Vaccination in the Punjab 1919-1929 - 1919-1929
Year: 1919
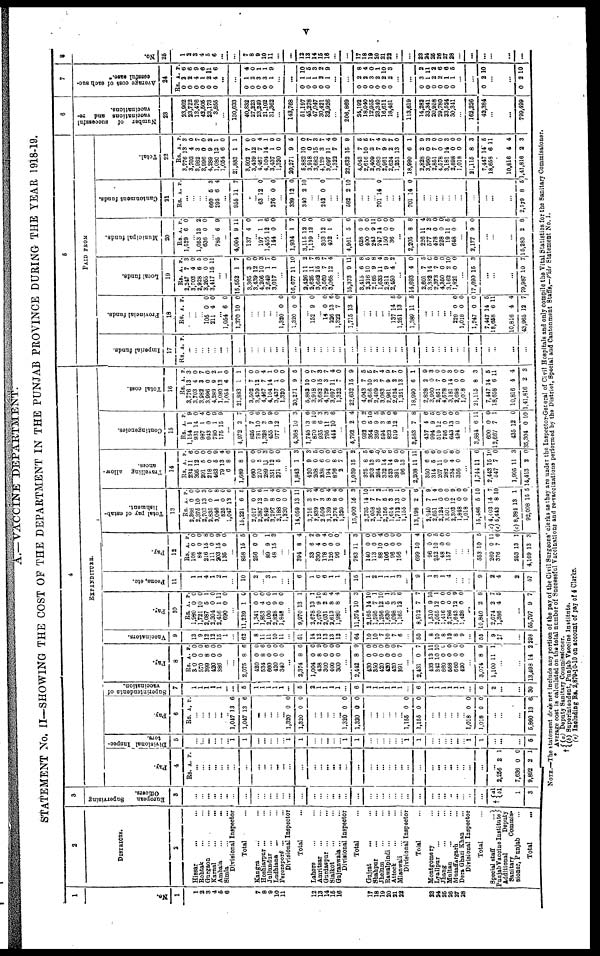
v
A.—VACCINE DEPARTMENT.
STATEMENT No. II—SHOWING THE COST OF THE DEPARTMENT IN THE PUNJAB PROVINCE DURING THE YEAR 1918-19.
1
No.
1
1
2
3
4
6
6
7
8
9
10
11
12
13
14
16
16
17
18
19
20
21
22
23
24
25
26
27
28
2
DISTRICTS.
2
Hissar ... ...
Rohtak ... ...
Gurgaon ... ...
Karnal
...
...
Ambala
...
...
Simla ... ...
Divisional Inspector
Total ...
Kangra ... ...
Hoshiarpur ... ...
Jullundur ... ...
Ludhiana ... ...
Ferozepore ... ...
Divisional Inspector
Total ...
Lahore ... ...
Amritsar ... ...
Gurdaspur ... ...
Sialkot ... ...
Gujranwala ... ...
Divisional Inspector
Total ...
Gujrat
... ...
Shahpur ... ...
Jhelum ... ...
Rawalpindi ... ...
Attock ... ...
Mianwali ... ...
Divisional Inspector
Total ...
Montgomery ...
Lyallpur ... ...
Jhang ... ...
Multan ...
Muzaffargarh ...
Dera Ghazi Khan ...
Divisional Inspector
Total ...
Special staff
...
Punjab Vaccine Institute
Additional Deputy
Sanitary
Commis-
sioner, Punjab ...
Total ...
3
European
Supervising
Officers.
3
...
...
...
...
...
...
...
...
...
...
...
...
... ...
...
...
...
...
...
...
...
...
...
...
...
...
...
...
...
...
...
...
...
..
...
... ...
...
†a1 b1
1
3
4
EXPENDITURE.
Pay.
4
Rs. A. P.
...
...
...
...
...
...
...
...
...
...
... ...
... ...
...
...
...
...
...
...
...
...
...
...
...
... ...
...
...
...
...
...
...
...
...
... ...
...
...
2,256
7,636
9,892
2
0
2
1
0
1
Divisional Inspec-
5
...
...
...
...
...
... 1
1
...
...
...
...
...
1
1
...
...
...
...
...
1
1
...
...
...
...
...
...
1
1
...
...
...
...
...
... 1
1
...
...
...
5
Pay.
6
Rs. A. P.
...
...
...
...
...
.. 1,047
1,047
13
13
6
6
...
...
...
...
...
1,320
1,320
0
0
0
0
...
...
...
...
...
1,320
1,320
0
0
0
0
...
...
...
...
... ...
1,155
1,155
0
0
0
0
...
...
...
...
...
... 1,018
1,018
0
0
0
0
...
...
...
5,860 13 6
Superintendents of
7
1
1
1
1
1
...
...
5
1
1
1
1
1
...
5
2
1
1
1
1
...
6
1
1
1
1
1
1
...
6
1
1
1
1
1
1 ...
6
2
...
...
30
Pay.
8
Rs.
330
570
399
420
386
A.
0
0
8
0
0
P.
0
0
6
0
0
...
...
2,075
420
534
660
420
340
8
0
8
0
0
0
6
0
6
0
0
0
...
2,374
1,004
438
300
400
300
8
0
8
0
0
0
6
0
9
0
0
0
...
2,442
430
350
420
420
420
391
8
0
0
0
0
0
0
9
0
0
0
0
0
7
...
2,431
433
342
660
558
660
420
0
13
10
0
0
0
0
7
11
10
0
0
0
0
...
3,074
1,100
8
11
9
1
...
...
13,498
14
2
Vaccinators.
9
13
9
12
12
15
1
...
62
8
11
11
10
11
...
51
14
12
13
13
12
...
64
10
10
7
10
7
6
...
50
8
10
8
12
8
9 ...
55
9
‡7
...
298
Pay.
10
Rs.
1,980
1,721
2,087
2,304
2,456
690
A.
0
10
5
0
1
0
P.
0
0
1
0
11
0
...
11,239
1,341
1,853
2,100
2,828
1,848
1
0
4
0
9
0
0
0
0
0
1
0
...
9,970
2,678
2,070
2,031
2,613
1,980
13
13
9
2
8
8
1
1
10
8
4
4
...
11,374
2,165
1,595
1,256
1,630
1,098
1,165
10
14
7
12
5
3
12
3
10
1
10
1
3
6
...
8,912
1,510
2,055
1,416
2,786
1,643
1,428
7
9
12
0
0
12
0
7
10
1
0
0
9
0
...
10,840
2,074
1,386
2
2
4
8
7
5
...
55,797 9 7
Peons, etc.
11
1
1
4
1 2
1
...
10
2
...
3
1
...
...
6
1
6
6
1
1
...
15
1
2
1
1
1
3
...
9
1
3
1
4
...
... ...
9
2
4
2
57
Pay.
12
Rs.
108
84
216
111
203
135
A.
0
0
15
0
15
0
P.
0
0
8
0
9
0
...
858
256
15
0
5
0
...
89
48
9
15
1
3
...
...
394
33
330
178
126
96
8
6
4
0
0
0
4
2
9
4
0
0
...
763
140
113
88
106
96
156
11
0
0
10
0
0
0
3
0
0
4
0
0
0
...
699
96
252
48
157
10
0
10
0
0
4
0
5
0
0
...
... ...
553
269
376
253
4,169
10
0
7
13
13
5
11
6
1
3
Total pay of estab-
lishment.
13
Rs.
2,388
2,375
2,703
2,835
3,046
825
1,047
15,221
2,017
2,387
2,849
3,297
2,188
1,320
14,059
3,716
2,839
2 509
3,139
2,376
1,320
15,900
2,735
2,058
1,765
2,156
1,614
1,712
1,155
13,198
2,040
2,651
2,124
3,501
2,303
1,848 1,018
15,486
(c) 4,403
(c) 5,443
(c) 8,384
92,098
A.
0
10
13
0
1
0
13
6
0
12
9
8
0
0
13
3
7
3
8
8
0
16
14
7
7
5
3
13
0
2
7
1
0
0
12
0 0
5
14
8
13
15
P.
0
0
3
0
8
0
6
5
0
6
1
4
0
0
11
3
4
0
4
4
0
3
10
1
2
1
3
1
0
6
9
4
0 0
9
0 0
10
7
10
1
5
Travelling
allow-
ances.
14
Rs.
234
395
291
218
463
79
6
1,689
660
270
289
351
271
A.
11
12
5
0 5
13
8
8
0
5
11
12
5
P.
6 0
0
0
9 4
6
1
0
0
3
0
0
...
1,843
420
208
238
194
876
2
1,939
375
203
284
332
523
391
96
2,208
350
314
207
282
234
356
1
9
0
6
0
8
7
15
8
13
3
14
14
9
13
11
6
5
11
0
4
0
3
3
5
0
0
6
0
2
5
6
0 6
6
0
0
11
6
6
0
0 6
0
...
1,744
2,443
547
1,905
14,413
11
15
7
11
2
6
10
0
3
0
Contingencies.
15
Rs.
1,154
931
987
943
780
175
A.
1
14
1
0
1 15
P.
9
0
4
0 9
9
...
4,972
825
781
1,328
455
977
2
1
10
3
9
12
7
0
6
0
9
0
...
4,363
1,745
870
935
796
444
10
13
8
6
11
10
3
6
10
3
3
6
...
4,792
932
354
359
594
823
519
2
0
5
9
3
8
12
4
2
10
5
9
0
6
...
3,583
437
994
519
795
643
494
7
4
9
12
0
13
0
8
6
5
0
0
0
0
...
3,884
600
12,667
435
35,304
6
0
7
12
0
11
0
1
0
10
Total cost.
16
Rs.
3,776
3,703
3,982
3,996
4,289
1,080
1,054
21,883
3,502
3,439
4,467
4,104
3,437
1,320
20,271
5,882
3,918
3,682
4,129
3,697
1,322
22,632
4,043
2,616
2,409
3,083
2,961
2,624
1,251
18,990
2,828
3,960
2,851
4,578
3,181
2,698 1,018
21,115
7,447
18,658
10,816
1,41,816
A.
13
4
3
0
9
13
6
1
7
12
7
14
1
0
9
10
0
15
3
11
7
15
7
10
3
7
9
2
13
6
2
0
7
0
14
0 0
8
14
6
4
2
P.
3
0
7
0
2
1
0
1
0
0
4
1
0
0
5
0
7
3
7
4
0
9
5
5
7
4
9
7
0
1
0
3
0
0
3
0 0
3
5
11
4
3
5
PAID FROM
Imperial funds.
17
Rs. A. P.
...
...
...
...
...
...
...
...
...
...
...
...
...
...
...
...
...
...
...
...
...
...
...
...
...
... ...
... ...
...
...
...
...
... ...
... ...
...
...
...
...
...
Provincial funds.
18
Rs. A. P.
...
...
... 105
211
0
4
0
0
... 1,054
1,370
6
10
0
0
...
...
...
...
... 1,320
1,320
0
0
0
0
...
152 9 0
... 14
226
1,322
1,715
0
13
7
13
0
6
0
6
...
...
...
...
... 137
1,251
1,389
14
13
11
5
0
5
...
...
...
... ...
229 1,018
1,247
7,447
18,658
10,816
43,965
0 0
0
14
6
4
12
0 0
0
5
11
4
7
Local funds.
19
Rs.
2,247
3,703
2,928
3,265
3,417
A.
7
4
6
0
15
P.
3
0
5
0
11
...
...
15,552
3,365
3,439
4,206
2,649
3,017
1
3
12
10
1
1
7
0
0
3
7
0
...
16,677
2,426
2,625
3,682
3,569
3,068
11
11
11
15
7
12
10
2
7
3
7
4
...
15,373
3,415
2,216
2,165
1,633
2,811
2,450
9
6
10
9
11
9
4
11
8
6
8
4
9
2
...
14,693
2,601
3,382
2,373
4,350
3,162
1,821
4
7
14
7
0
2
0
0
5
0
0
0
10
0
...
17,693 15 3
...
...
...
79,987 10 7
Municipal funds.
20
Rs.
1,529
A.
6
P.
0
...
1,053
636
13
0
2
0
... 785 6 9
...
4,004
137
9
4
11
0
... 197
1,455
144
1
12
0
1
6
0
...
1,934
3,115
1,139
1
12
12
7
0
0
... 303
402
12
12
0
6
...
4,961
628
400
243
747
150
36
5
0
0
9
14
0
0
6
9
0
11
0
0
0
...
2,205
226
577
478
228
19
648
8
11
2
0
0
11
0
8
4
3
0
0
5
0
...
2,177 9 0
...
...
...
15,283 2 8
Cantonment funds.
21
Rs. A. P.
...
...
... ...
660
295
5
6
3
4
...
955 11 7
...
... 63 12 0
... 276 0 0
...
339
340
12
2
0
10
...
...
242 0 0
...
...
582 2 10
...
...
... 701 14 0
...
...
...
701 14 0
...
...
...
...
...
... ...
...
...
...
...
2,579 8 5
Total.
22
Rs.
3,776
3,703
3,982
3,996
4,289
1,080
1,054
21,883
3,602
3,439
4,467
4,104
3,437
1,320
20,271
5,882
3,918
3,682
4,129
3,697
1,322
22,632
4,043
2,616
2,409
3,083
2,961
2,624
1,251
18,990
2,828
3,960
2,851
4,578
3,181
2,698 1,018
21,115
7,447
18,658
10,816
1,41,816
A.
13
4
3
0
9
13
6
1
7
12
7
14
1
0
9
10
0
15
3
11
7
15
7
10
3
7
9
2
13
6
2
0
7
0
14
0 0
8
14
6
4
2
P.
3
0
7
0
2
1
0
1
0
0
4
1
0
0
5
0
7
3
7
4
0
9
5
5
7
4
9
7
0
1
9
3
0
0
3
0 0
3
5
11
4
3
6
Number of
successful
vaccinations and
re-
vaccinations.
23
23,902
23,722
13,476
42,505
23,173
3,855
...
130,633
40,832
27,223
23,249
21,102
31,362
...
143,768
51,197
45,278
47,047
30,421
32,926
...
206,869
24,192
18,040
12,955
23,340
16,611
18,481
...
113,619
14,282
33,341
20,958
29,780
33,624
30,341 ...
162,226
42,384
...
...
799,499
7
Average cost of each suc-
cessful case.*
24
Rs.
0
0
0
0
0
0
A.
2
2
4
1
2
4
P.
6
6
9
6
11
6
...
...
0
0
0
0
0
1
2
3
3
1
4
0
1
1
9
...
...
0
0
0
0
0
1
1
1
2
1
10
5
3
2
9
...
0
0
0
0
0
0
2
2
3
2
2
2
8
4
0
1
10
3
...
...
0
0
0
0
0
0
3
1
2
2
1
1
2
11
2
6
6
5
...
...
0 2 10
...
...
0 2 10
8
No.
25
1
2
3
4
5
6
...
...
7
8
9
10
11
...
...
12
13
14
15
16
...
...
17
18
19
20
21
22
...
23
24
26
26
27
28 ...
...
...
...
...
...
NOTE.—The statement dose not include any portion of the pay of the Civil Surgeons' clerks as they are under the Inspector-General of Civil Hospitals and only compile the Vital Statistics for the Sanitary Commisaioner.
* Average cost is calculated on the total number of Successful Vaccinations and re-vaccinations performed by the District, Special and Cantonment Staffs,—Vide Statement No. 1.
† (a) Deputy Sanitary Commissioner.
(b) Superintendent, Punjab Vaccine Institute.
(c) Including Rs. 2,879-10-10 on account of pay of 4 Clerks.